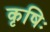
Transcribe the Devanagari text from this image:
कृषिः